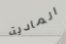
المادية